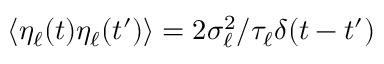
\langle \eta _ { \ell } ( t ) \eta _ { \ell } ( t ^ { \prime } ) \rangle = 2 \sigma _ { \ell } ^ { 2 } / \tau _ { \ell } \delta ( t - t ^ { \prime } )